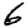
Digit: 6